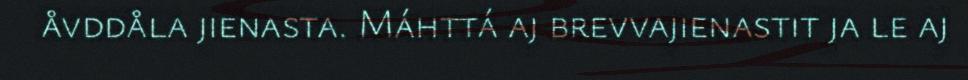
åvddåla jienasta. Máhttá aj brevvajienastit ja le aj